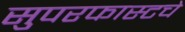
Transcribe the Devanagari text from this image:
सुपरफास्टचे